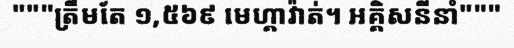
"""ត្រឹមតែ ១,៥៦៩ មេហ្គាវ៉ាត់។ អគ្គិសនីនាំ"""